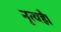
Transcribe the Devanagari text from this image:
नृत्यहै।